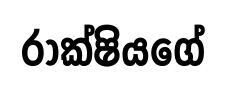
රාක්ෂියගේ